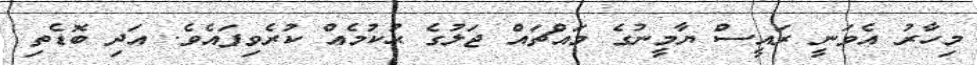
މިހާރު އެވަނީ ރައީސް ޔާމީނުގެ މައްޗައް ޖަލުގެ ޙުކުމެއް ކުރެވިފައެވެ. އަދި ބޮޑެތި